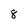
Character: 8